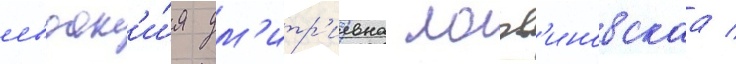
евдок'и́я дм'итр'иевна логв'иновскаа /